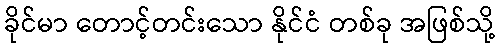
ခိုင်မာ တောင့်တင်းသော နိုင်ငံ တစ်ခု အဖြစ်သို့